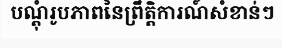
បណ្តុំរូបភាពនៃព្រឹត្តិការណ៍សំខាន់ៗ